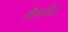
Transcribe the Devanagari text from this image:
वैलनेस